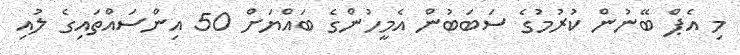
މި އެޕް ބޭނުން ކުރުމުގެ ސަބަަބުން އެމީހުންގެ ބައްޔަށް 50 އިންސައްތައިގެ ލުއި